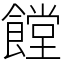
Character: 饄